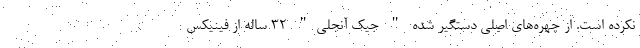
نکرده است. از چهره‌های اصلی دستگیر شده " جیک آنجلی" 32 ساله از فینیکس